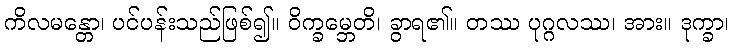
ကိလမန္တော၊ ပင်ပန်းသည်ဖြစ်၍။ ဝိက္ခမ္ဘေတိ၊ ခွာရ၏။ တဿ ပုဂ္ဂလဿ၊ အား။ ဒုက္ခာ၊